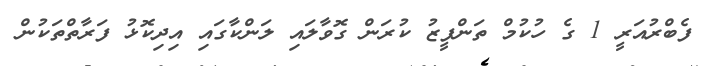
ފެބްރުއަރީ 1 ގެ ހުކުމް ތަންފީޒު ކުރަން ގޮވާލައި ލަންކާގައި އިދިކޮޅު ފަރާތްތަކުން